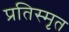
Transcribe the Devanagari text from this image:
प्रतिस्मृत